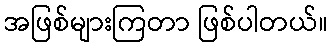
အဖြစ်များကြတာ ဖြစ်ပါတယ်။